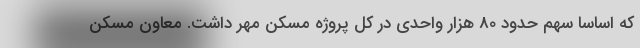
که اساسا سهم حدود 80 هزار واحدی در کل پروژه مسکن مهر داشت. معاون مسکن